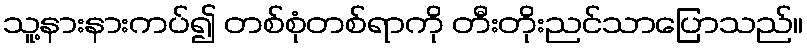
သူ့နားနားကပ်၍ တစ်စုံတစ်ရာကို တီးတိုးညင်သာပြောသည်။